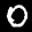
Label: 0